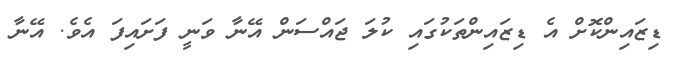
ޑިޒައިންކޮށް އެ ޑިޒައިންތަކުގައި ކުލަ ޖައްސަން އޭނާ ވަނީ ފަށައިފަ އެވެ. އޭނާ